Lunatic asylums Punjab 1895-1910 - 1895-1910
Year: 1895
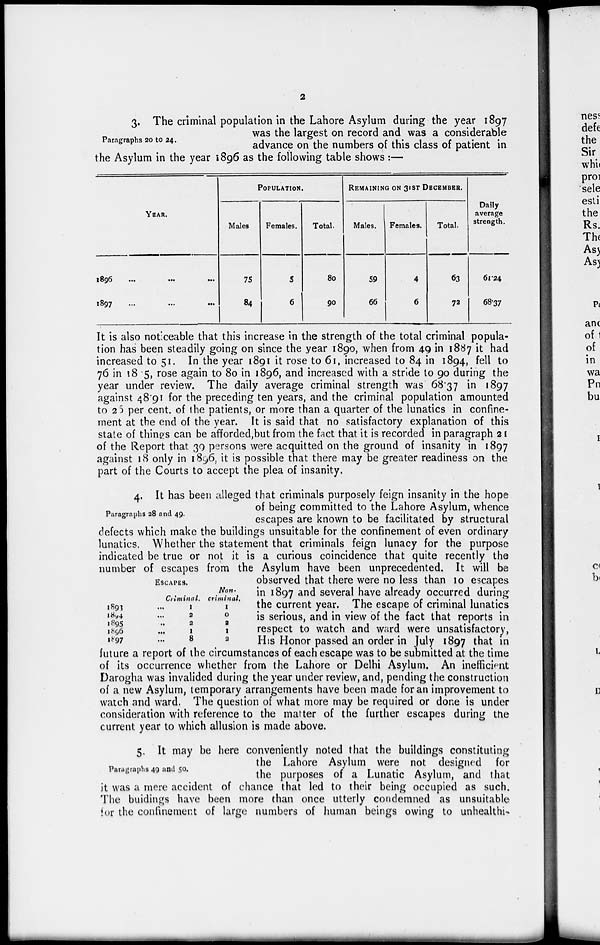
2
Paragraphs 20 to 24.
3. The criminal population in the Lahore Asylum during the year 1897
was the largest on record and was a considerable
advance on the numbers of this class of patient in
the Asylum in the year 1896 as the following table shows :—
YEAR.
1896
...
...
...
1897
...
...
...
POPULATION.
Males.
75
84
Females.
5
6
Total.
80
90
REMAINING ON 31 ST DECEMBER.
Males.
59
66
Females.
4
6
Total.
63
73
Daily
average
strength.
61.24
68.37
It is also noticeable that this increase in the strength of the total criminal popula-
tion has been steadily going on since the year 1890, when from 49 in 1887 it had
increased to 51. In the year 1891 it rose to 61, increased to 84 in 1894, fell to
76 in 1895, rose again to 80 in 1896, and increased with a stride to 90 during the
year under review. The daily average criminal strength was 68.37 in 1897
against 48.91 for the preceding ten years, and the criminal population amounted
to 26 per cent. of the patients, or more than a quarter of the lunatics in confine-
ment at the end of the year. It is said that no satisfactory explanation of this
state of things can be afforded,but from the fact that it is recorded in paragraph 21
of the Report that 39 persons were acquitted on the ground of insanity in 1897
against 18 only in 1896, it is possible that there may be greater readiness on the
part of the Courts to accept the plea of insanity.
Paragraphs 28 and 49.
ESCAPS.
1893
1894
1895
1896
1897
Criminal.
... 1
...
3
... 2
... 1
...
8
Non-
criminal.
1
0
2
1
2
4. It has been alleged that criminals purposely feign insanity in the hope
of being committed to the Lahore Asylum, whence
escapes are known to be facilitated by structural
defects which make the buildings unsuitable for the confinement of even ordinary
lunatics. Whether the statement that criminals feign lunacy for the purpose
indicated be true or not it is a curious coincidence that quite recently the
number of escapes from the Asylum have been unprecedented. It will be
observed that there were no less than 10 escapes
in 1897 and several have already occurred during
the current year. The escape of criminal lunatics
is serious, and in view of the fact that reports in
respect to watch and ward were unsatisfactory,
His Honor passed an order in July 1897 that in
future a report of the circumstances of each escape was to be submitted at the time
of its occurrence whether from the Lahore or Delhi Asylum. An inefficient
Darogha was invalided during the year under review, and, pending the construction
of a new Asylum, temporary arrangements have been made for an improvement to
watch and ward, The question of what more may be required or done is under
consideration with reference to the matter of the further escapes during the
current year to which allusion is made above.
Paragraphs 49 and 50.
5. It may be here conveniently noted that the buildings constituting
the Lahore Asylum were not designed for
the purposes of a Lunatic Asylum, and that
it was a mere accident of chance that led to their being occupied as such.
The buidings have been more than once utterly condemned as unsuitable
for the confinement of large numbers of human beings owing to unhealthi.